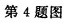
第4题图